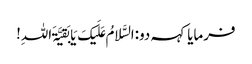
فرمایا کہہ دو:السَّلامُ عَلَیکَ یَا بَقیَّۃَ اللہِ!